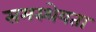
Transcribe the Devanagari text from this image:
समस्थेयता